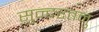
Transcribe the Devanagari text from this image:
सुन्दरतनु